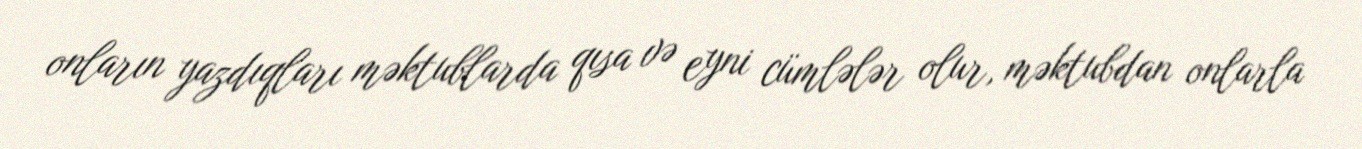
onların yazdıqları məktublarda qısa və eyni cümlələr olur, məktubdan onlarla